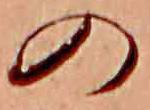
の